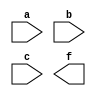
/*--  *******************************************************
--  Computer Architecture Course, Laboratory Sources 
--  Amirkabir University of Technology (Tehran Polytechnic)
--  Department of Computer Engineering (CE-AUT)
--  https://ce[dot]aut[dot]ac[dot]ir
--  *******************************************************
--  All Rights reserved (C) 2019-2020
--  *******************************************************
--  Student ID  : 
--  Student Name: 
--  Student Mail: 
--  *******************************************************
--  Additional Comments:
--
--*/

/*-----------------------------------------------------------
---  Module Name: Paritiy Generator Sum of Products
---  Description: Lab 04 Part 4
-----------------------------------------------------------*/
`timescale 1 ns/1 ns

module paritiy3_gen_sop (
	input a,
	input b,
	input c,
	output f	
);
	/* write your code here */
	
	/* write your code here */

endmodule